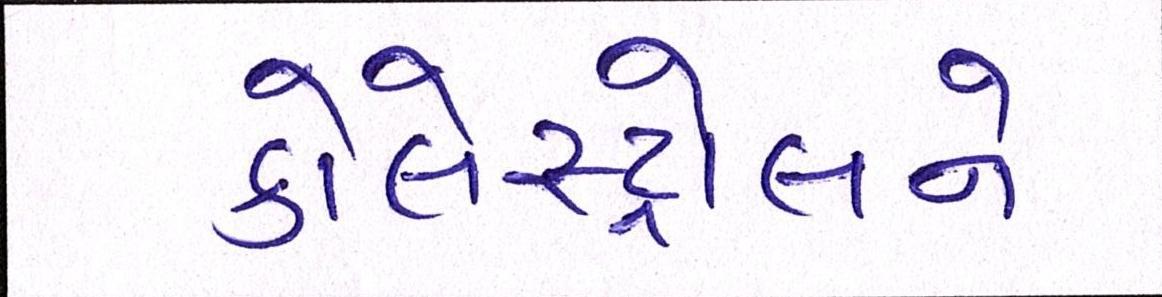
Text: કોલેસ્ટ્રોલને